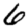
Digit: 6